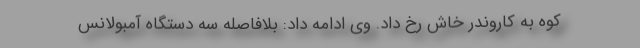
کوه به کاروندر خاش رخ داد. وی ادامه داد: بلافاصله سه دستگاه آمبولانس